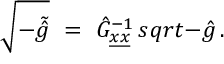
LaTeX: \sqrt { - \tilde { \hat { g } } } \ = \ \hat { G } _ { \underline { { { x } } } \underline { { { x } } } } ^ { - 1 } \, s q r t { - \hat { g } } \, .